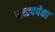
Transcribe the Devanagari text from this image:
नव्वदपेक्षा